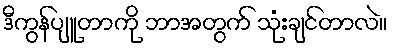
ဒီကွန်ပျူတာကို ဘာအတွက် သုံးချင်တာလဲ။